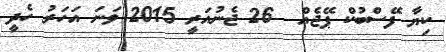
ކިޔާ ފޭސްބުކް ޕޭޖެއް  26 ޖެނުއަރީ 2015 ވަނަ އަހަރު ހެދީ